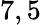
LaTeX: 7,5